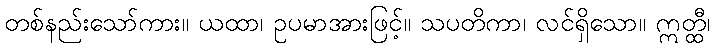
တစ်နည်းသော်ကား။ ယထာ၊ ဥပမာအားဖြင့်။ သပတိကာ၊ လင်ရှိသော။ ဣတ္ထီ၊